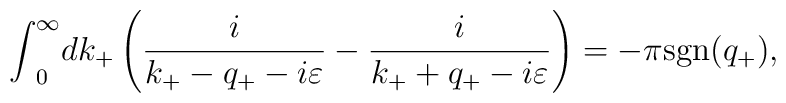
{\int}^{\infty}_0dk_+\left( \frac{i}{k_+-q_+-i{\varepsilon}}-\frac{i}{k_++q_+-i{\varepsilon}} \right)=-{\pi}{\rm sgn}(q_+),